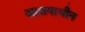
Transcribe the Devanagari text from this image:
आश्रयाधीन